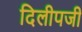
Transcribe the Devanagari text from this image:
दिलीपजी